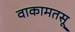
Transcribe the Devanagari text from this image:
वाकामतसू